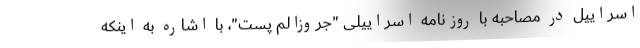
اسراییل در مصاحبه با روزنامه اسراییلی "جروزالم پست"، با اشاره به اینکه